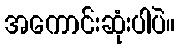
အကောင်းဆုံးပါပဲ။